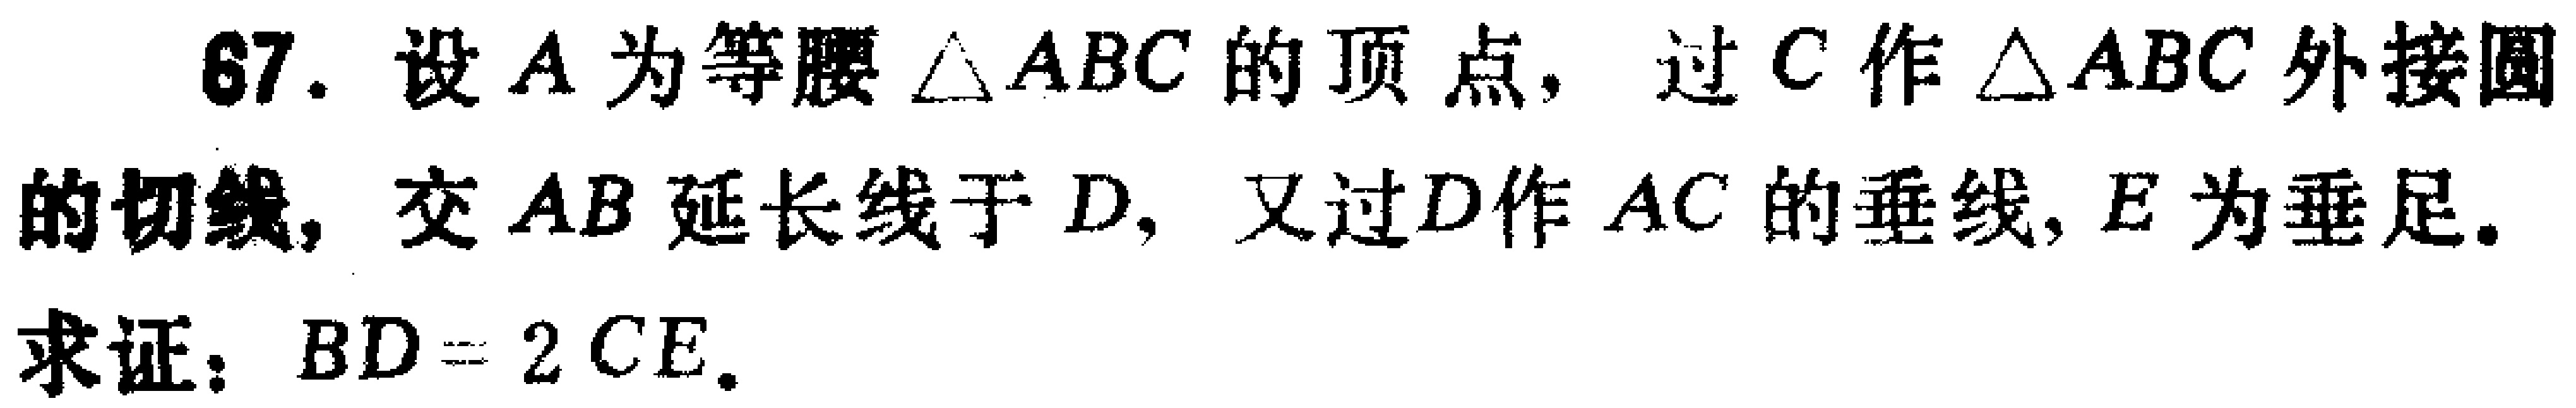
67. 设\(A\)为等腰\(\triangle ABC\)的顶点，过\(C\)作\(\triangle ABC\)外接圆的切线，交\(AB\)延长线于\(D\)，又过\(D\)作\(AC\)的垂线，\(E\)为垂足。
求证：\(BD = 2CE\)。